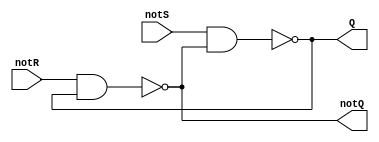
`timescale 1ns / 1ps
//////////////////////////////////////////////////////////////////////////////////
// Company: 
// 
// Design Name:    Basic_RS_FlipFlop
// Module Name:    Basic_RS_FlipFlop.v
// Project Name:   Basic_RS_FlipFlop
// Target Devices: XC6LX16
// Tool versions: 
// Description: 
//
// Dependencies: 
//
// Revision: 
// Revision 0.01 - File Created
// Additional Comments: 
//
//////////////////////////////////////////////////////////////////////////////////
module Basic_RS_FlipFlop(
    input notR,
    input notS,
    output Q,
    output notQ
    );
nand nand1(Q, notS, notQ);
nand nand2(notQ, notR, Q);

endmodule